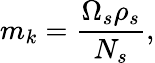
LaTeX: m_{k}=\frac{\Omega_{s}\rho_{s}}{N_{s}},